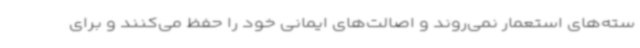
سته‌های استعمار نمی‌روند و اصالت‌های ایمانی خود را حفظ می‌کنند و برای